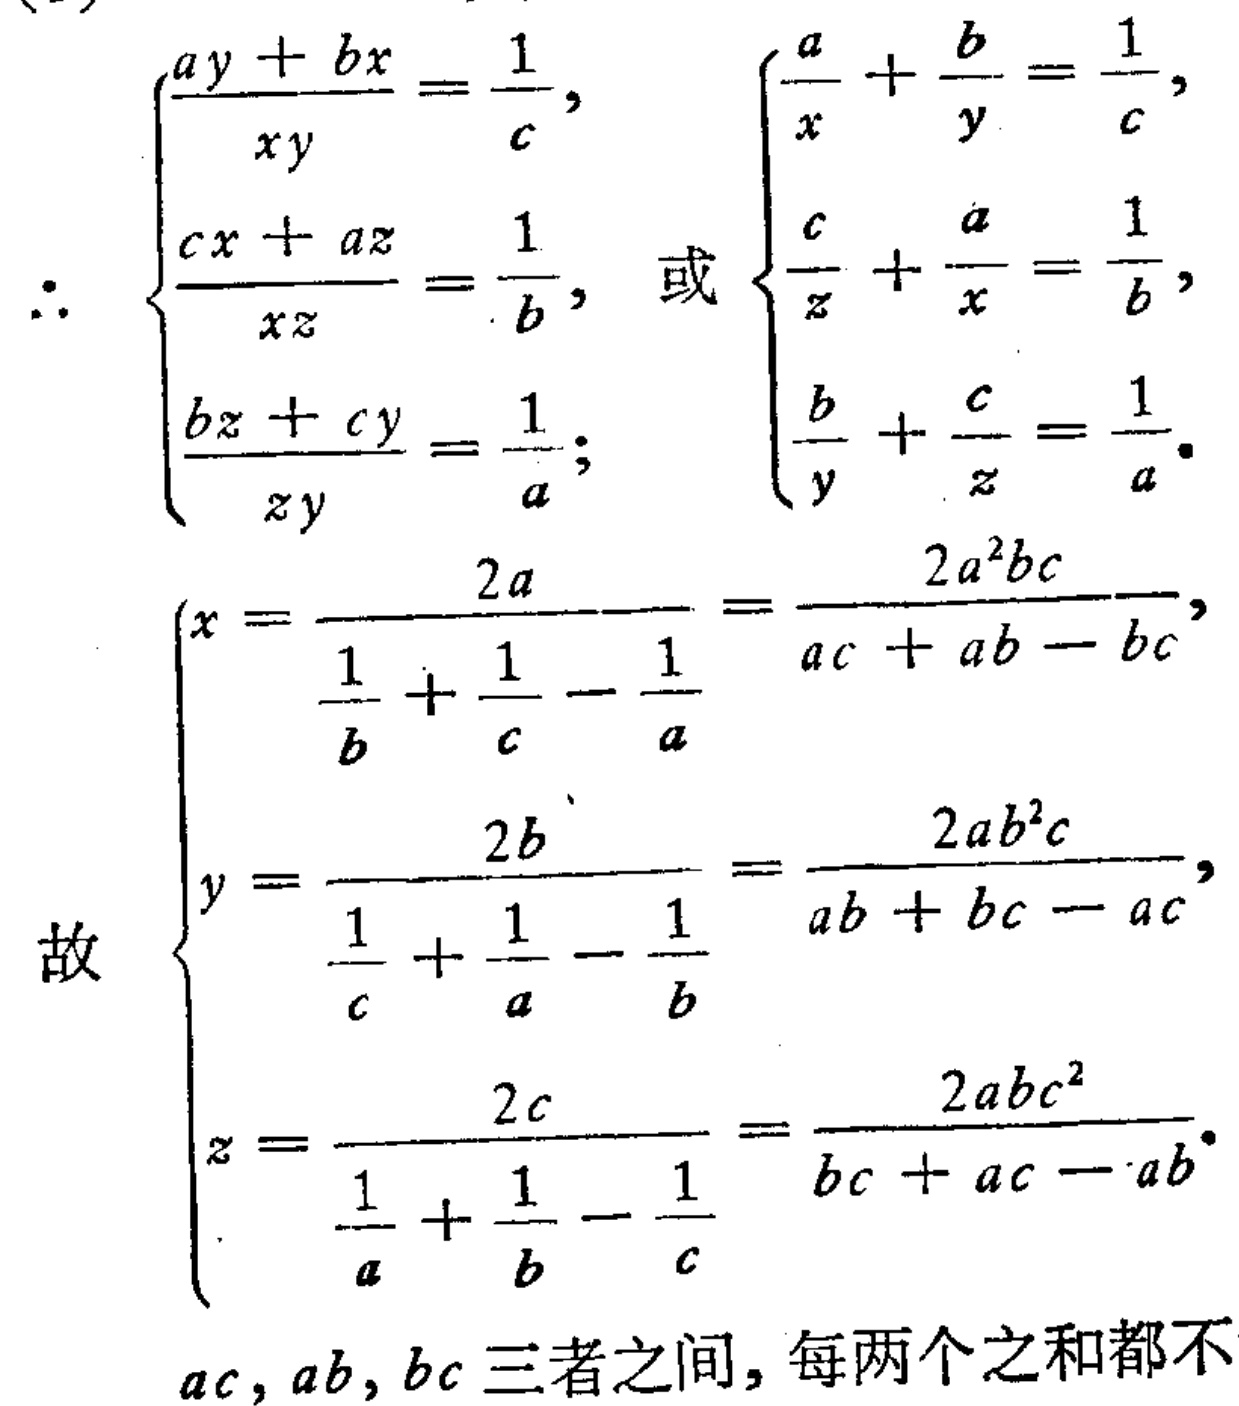
\[\therefore
\begin{cases}
\frac{ay + bx}{xy} = \frac{1}{c},\\
\frac{cx + az}{xz} = \frac{1}{b},\\
\frac{bz + cy}{zy} = \frac{1}{a};
\end{cases}
或
\begin{cases}
\frac{a}{x} + \frac{b}{y} = \frac{1}{c},\\
\frac{c}{z} + \frac{a}{x} = \frac{1}{b},\\
\frac{b}{y} + \frac{c}{z} = \frac{1}{a}.
\end{cases}\]
\[故
\begin{cases}
x = \frac{2a}{\frac{1}{b} + \frac{1}{c} - \frac{1}{a}} = \frac{2a^{2}bc}{ac + ab - bc},\\
y = \frac{2b}{\frac{1}{c} + \frac{1}{a} - \frac{1}{b}} = \frac{2ab^{2}c}{ab + bc - ac},\\
z = \frac{2c}{\frac{1}{a} + \frac{1}{b} - \frac{1}{c}} = \frac{2abc^{2}}{bc + ac - ab}.
\end{cases}\]
\(ac, ab, bc\)三者之间，每两个之和都不